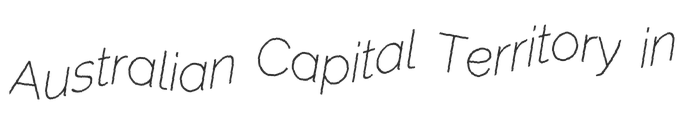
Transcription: Australian Capital Territory in